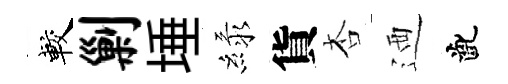
較剿埵緑貨杏迺齔